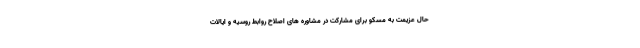
حال عزیمت به مسکو برای مشارکت در مشاوره های اصلاح روابط روسیه و ایالات